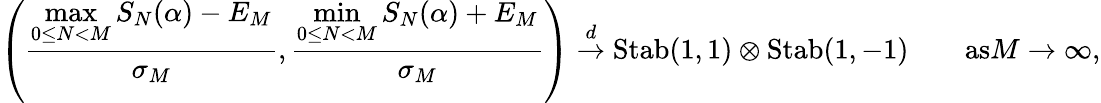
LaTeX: \left(\frac{\displaystyle{\operatorname*{max}_{0\le N<M}S_{N}(\alpha)-E_{M}}}{\sigma_{M}},\frac{\displaystyle{\operatorname*{min}_{0\le N<M}S_{N}(\alpha)+E_{M}}}{\sigma_{M}}\right)\overset{d}{\to}\mathrm{Stab}(1,1)\otimes\mathrm{Stab}(1,-1)\qquad\textrm{as}M\to\infty,